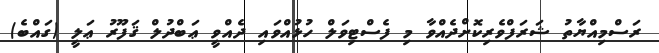
ރަސްމިއްޔާތު ޝަރަފްވެރިކޮށްދެއްވާ މި ފެސްޓިވަލް ހުޅުއްވައި ދެއްވީ ޢަބްދުލް ޤަފޫރު ޢަލީ (ގައްބެ)